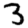
Digit: 3